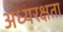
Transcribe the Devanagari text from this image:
अध्यरक्षता